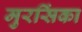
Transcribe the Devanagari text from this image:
मुरसिंका